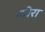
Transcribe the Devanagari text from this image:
न्योरा